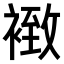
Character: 𧛢